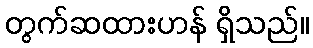
တွက်ဆထားဟန် ရှိသည်။